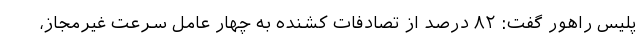
پلیس راهور گفت: ۸۲ درصد از تصادفات کشنده به چهار عامل سرعت غیرمجاز،